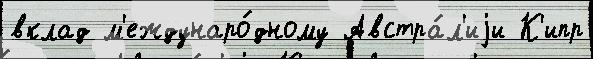
вклад м'еждунаро́дному Австра́л'иjи К'ипр